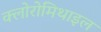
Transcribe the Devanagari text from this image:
क्लोरोमिथाइल